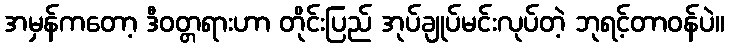
အမှန်ကတော့ ဒီဝတ္တရားဟာ တိုင်းပြည် အုပ်ချုပ်မင်းလုပ်တဲ့ ဘုရင့်တာဝန်ပဲ။